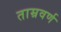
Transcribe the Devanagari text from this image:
ताम्रवर्ण